Medical and sanitary report of the native army of Bengal for the year
Year: 1875
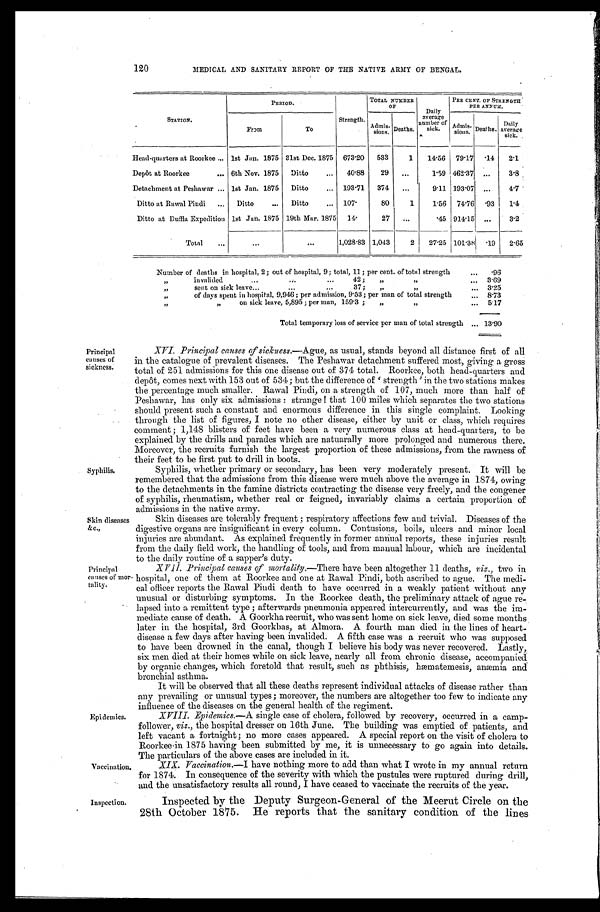
120
MEDICAL AND SANITARY REPORT OF TEE NATIVE ARMY OF BENGAL.
STATION.
PERIOD.
Strength.
TOTAL NUMBER
OF
Daily
average
number of
sick.
PER CENT. OF STRENGTH
PER ANNUM.
F r o m
To
Admis- sions. Deaths.
Admis-sions. Deaths.
Daily
average
sick.
Head-quarters at Roorkee . . . 1st Jan. 1875 31st Dec. 1875 673.20 533
1
14.56 79.17
. 1 4 2.1
Depôt at Roorkee . . . 6th Nov. 1875 Ditto . . . 40.88
29
. . .
1.59 462.37
. . . 3.8
Detachment at Peshawar . . . 1st Jan. 1875 Ditto . . . 193.71 374
. . .
9 . 1 1 193.07
. . . 4.7
Ditto at Rawal Piudi . . . Ditto . . . Ditto . . . 107.
80
1
1.56 74.76
. 9 3 1.4
Ditto at Duffla Expedition 1st Jan. 1875 19th Mar. 1875 14.
27
. . .
.45 914.15
. . . 3.2
Total . . .
. . .
. . .
1,028.83 1,043
2
27.25 101.38
. 1 9 2.65
Number of deathsin hospital, 2; out of hospital, 9; total, 11; per cent. of total strength . . . .96
" i n v a l i d e d . . . 4 2 ; " " . . . 3.69
" s e n t o n s i c k l e a v e . . . 3 7 ; " " . . .
3.25
" of days spent in hospital, 9,946; per admission, 9.53; per man of total strength . . . 8.73
" " o n s i c k l e a v e , 5 , 8 9 5 ; p e r m a n , 1 5 9 . 3 ; " " . . .
5.17
Total temporary loss of service per man of total strength . . . 13.90
Principal
causes of
sickness.
Syphilis.
XVI. Principal causes of sickness .—Ague, as usual, stands beyond all distance first of all
in the catalogue of prevalent diseases. The Peshawar detachment suffered most, giving a gross
total of 251 admissions for this one disease out of 374 total. Roorkee, both head-quarters and
depôt, comes next with 153 out of 534; but the difference of 'strength' in the two stations makes
the percentage much smaller. Rawal Pindi, on a strength of 107, much more than half of
Peshawar, has only six admissions: strange! that 100 miles which separates the two stations
should present such a constant and enormous difference in this single complaint. Looking
through the list of figures, I note no other disease, either by unit or class, which requires
comment; 1,148 blisters of feet have been a very numerous class at head-quarters, to be
explained by the drills and parades which are natuarally more prolonged and numerous there.
Moreover, the recruits furnish the largest proportion of these admissions, from the rawness of
their feet to be first put to drill in boots.
Syphilis, whether primary or secondary, has been very moderately present. It will be
remembered that the admissions from this disease were much above the average in 1874, owing
to the detachments in the famine districts contracting the disease very freely, and the congener
of syphilis, rheumatism, whether real or feigned, invariably claims a certain proportion of
admissions in the native army.
Skin diseases
&c.,
Principal
causes of mor
-
tality.
Epidemics.
Vaccination.
Skin diseases are tolerably frequent; respiratory affections few and trivial. Diseases of the
digestive organs are insignificant in every column. Contusions, boils, ulcers and minor local
injuries are abundant. As explained frequently in former annual reports, these injuries result
from the daily field work, the handling of tools, and from manual labour, which are incidental
to the daily routine of a sapper's duty.
XVII. Principal causes of mortality .—There have been altogether 11 deaths, viz., two in
hospital, one of them at Roorkee and one at Rawal Pindi, both ascribed to ague. The medi
-
cal officer reports the Rawal Pindi death to have occurred in a weakly patient without any
unusual or disturbing symptoms. In the Roorkee death, the preliminary attack of ague re
-
lapsed into a remittent, type; afterwards pneumonia appeared intercurrently, and was the im
-
mediate cause of death. A Goorkha recruit, who was sent home on sick leave, died some months
later in the hospital, 3rd Goorkhas, at Almora. A fourth man died in the lines of heart
-
disease a few days after having been invalided. A fifth case was a recruit who was supposed
to have been drowned in the canal, though I believe his body was never recovered. Lastly,
six men died at their homes while on sick leave, nearly all from chronic disease, accompanied
by organic changes, which foretold that result, such as phthisis, hæmatemesis, anæmia and
bronchial asthma.
It will be observed that all these deaths represent individual attacks of disease rather than
any prevailing or unusual types; moreover, the numbers are altogether too few to indicate any
influence of the diseases on the general health of the regiment.
XVIII. Epidemics.—A single case of cholera, followed by recovery, occurred in a camp
-
follower, viz., the hospital dresser on 16th June. The building was emptied of patients, and
left vacant a fortnight; no more cases appeared. A special report on the visit of cholera to
Roorkee in 1875 having been submitted by me, it is unnecessary to go again into details.
The particulars of the above cases are included in it.
XIX. Vaccination .—I have nothing more to add than what I wrote in my annual return
for 1874. In consequence of the severity with which the pustules were ruptured during drill,
and the unsatisfactory results all round, I have ceased to vaccinate the recruits of the year.
Inspection.
Inspected by the Deputy Surgeon-General of the Meerut Circle on the
28th October 1875. He reports that the sanitary condition of the lines